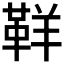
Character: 𩊑